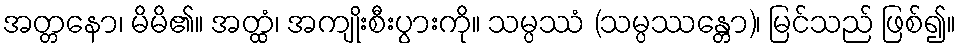
အတ္တနော၊ မိမိ၏။ အတ္ထံ၊ အကျိုးစီးပွားကို။ သမ္ပဿံ (သမ္ပဿန္တော)၊ မြင်သည် ဖြစ်၍။